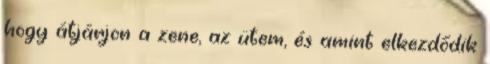
hogy átjárjon a zene, az ütem, és amint elkezdődik